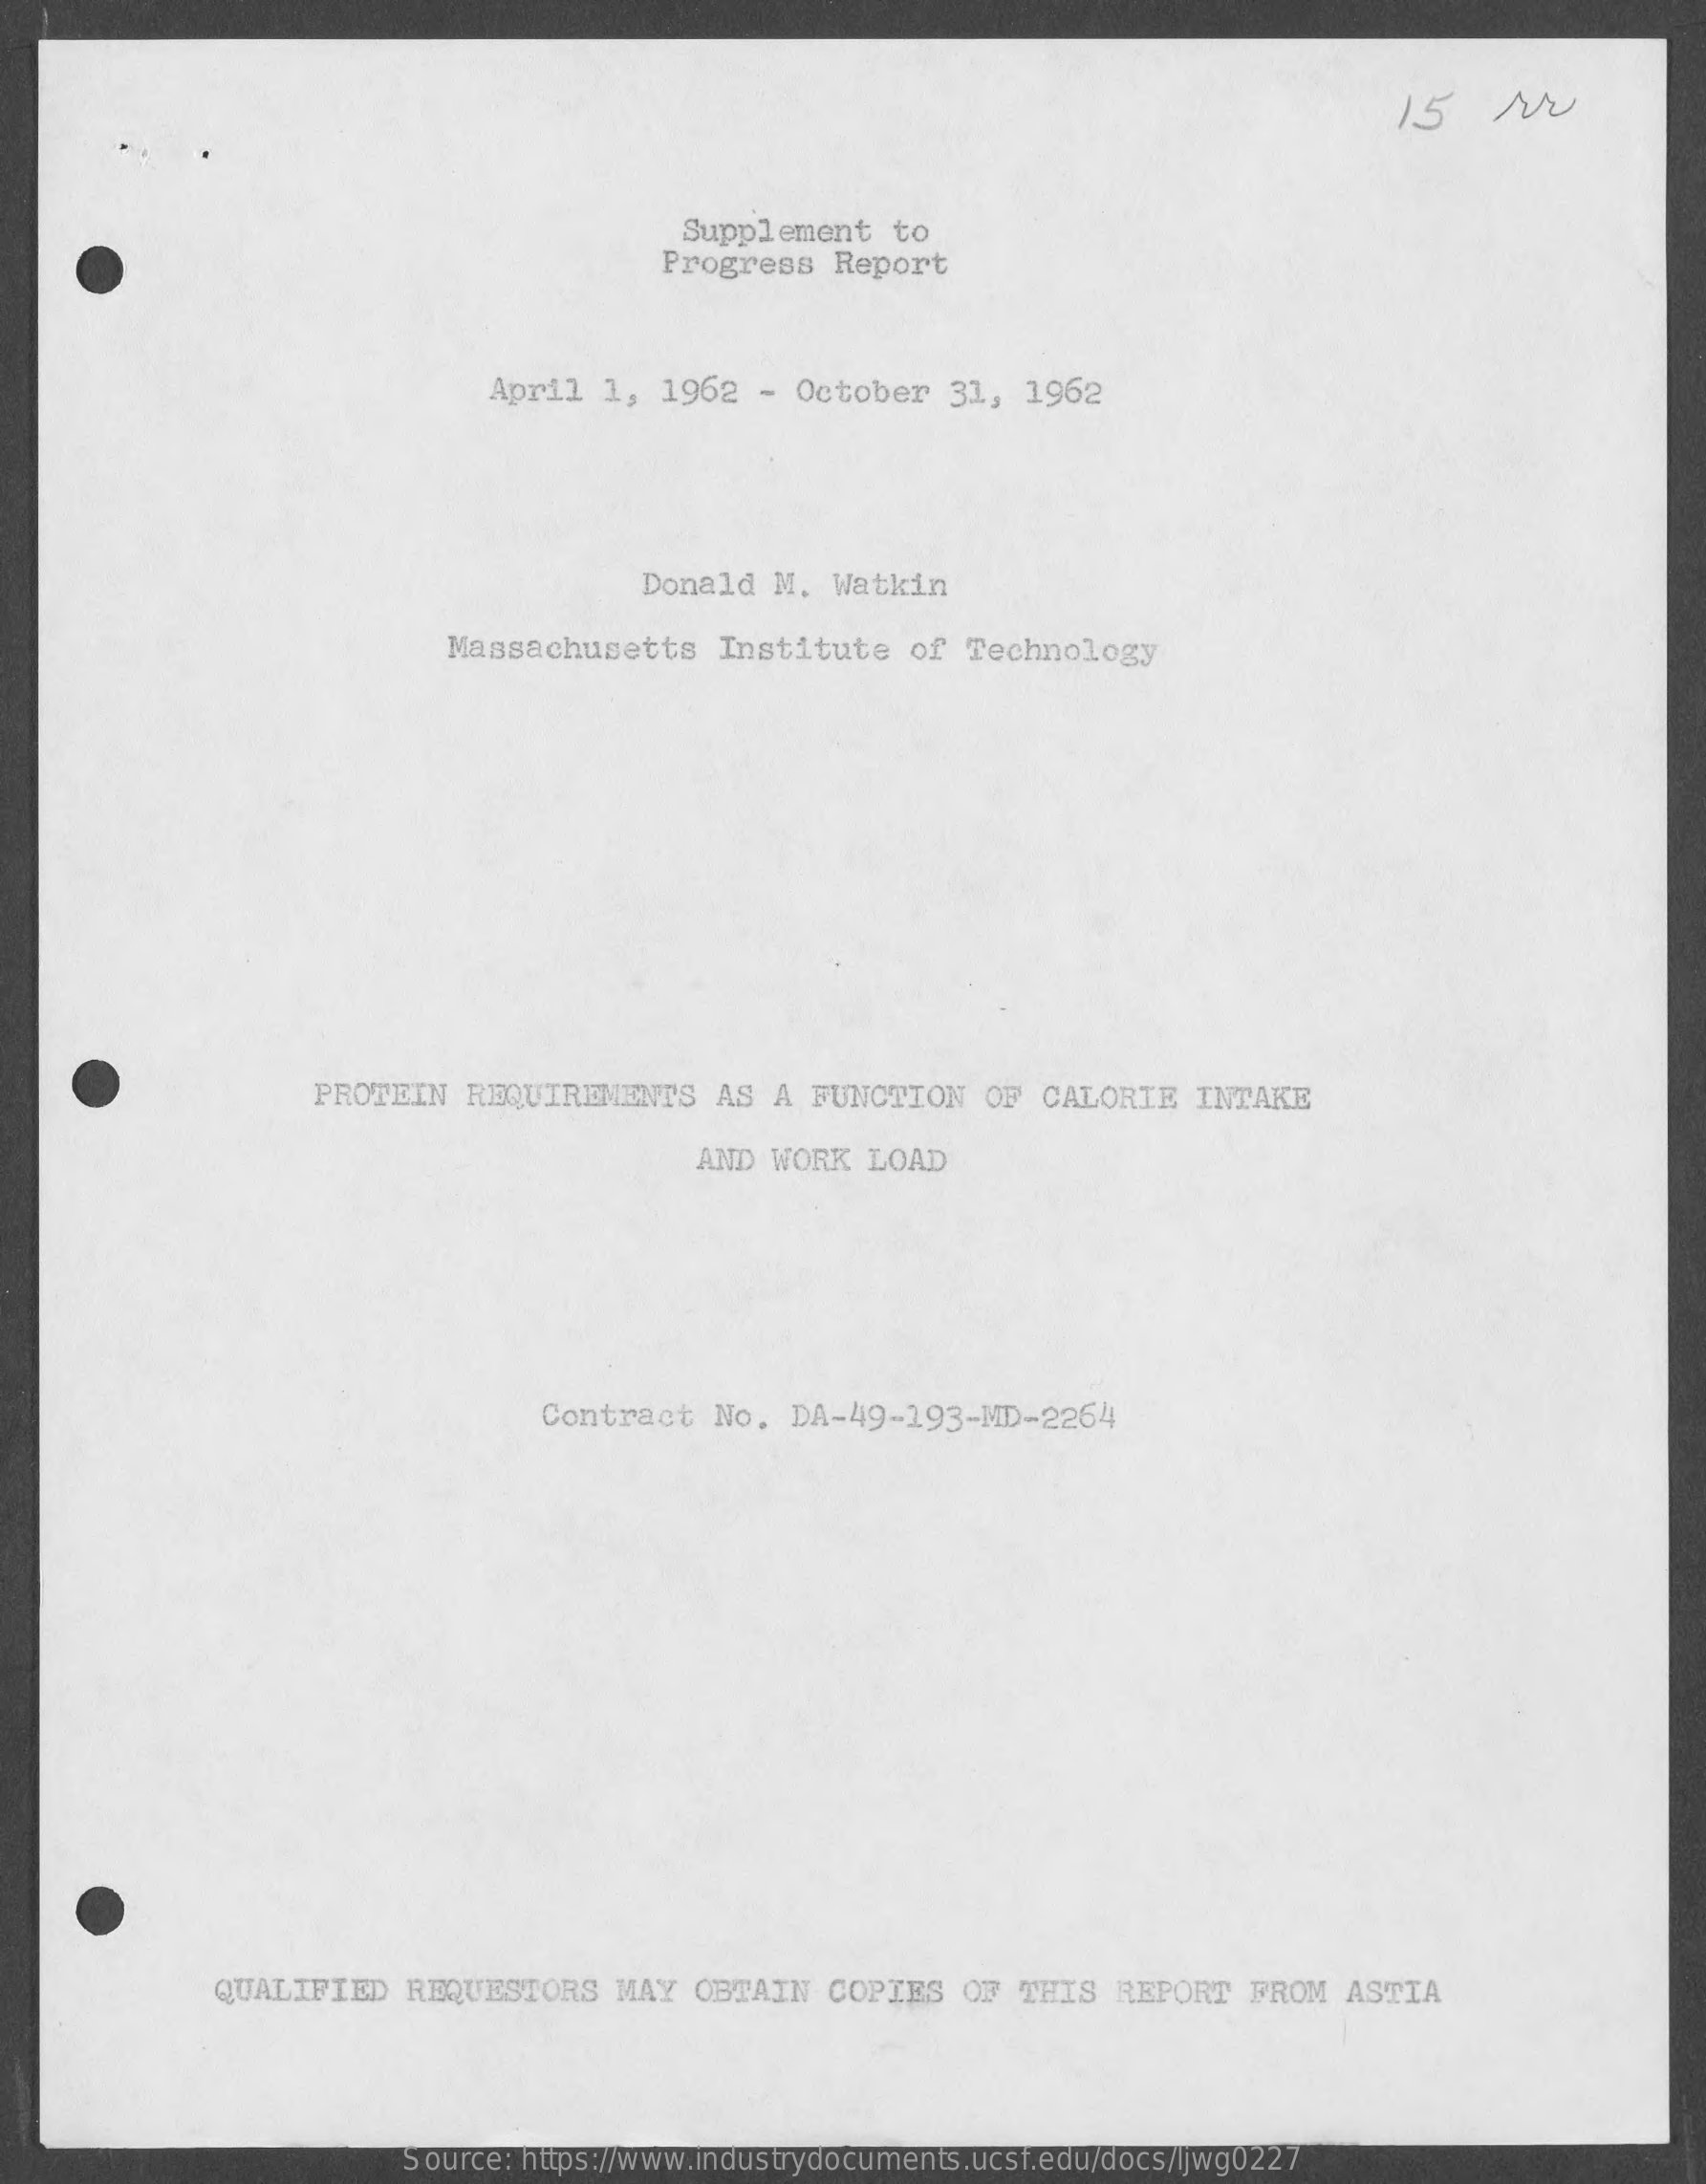
15    NO
     Supplement    to
     Progress   Report
     April  1,  1962   - October   31,  1962
     Donald   M.  Watkin
     Massachusetts    Institute    of  Technology
     PROTEIN   REQUIREMENTS    AS  A FUNCTION    OF  CALORIE   INTAKE
     AND  WORK  LOAD
     Contract   No.  DA-49-193-MD-2264
     QUALIFIED   REQUESTORS    MAY  OBTAIN   COPIES   OF  THIS  REPORT   FROM  ASTIA
     Source: https://www.industrydocuments.ucsf.edu/docs/ljwg0227